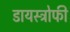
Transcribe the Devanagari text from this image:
डायस्ट्रोफी